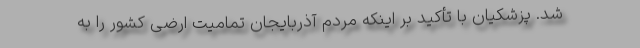
شد. پزشکیان با تأکید بر اینکه مردم آذربایجان تمامیت ارضی کشور را به